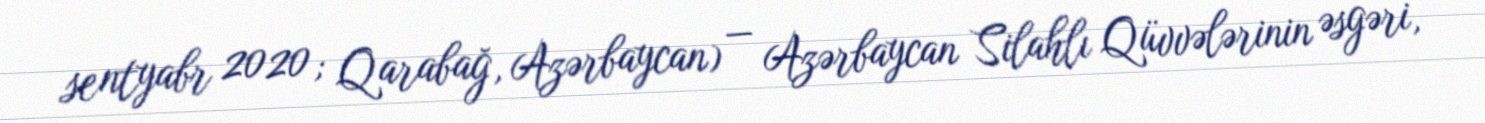
sentyabr 2020; Qarabağ, Azərbaycan) — Azərbaycan Silahlı Qüvvələrinin əsgəri,